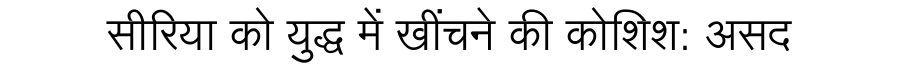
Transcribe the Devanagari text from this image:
सीरिया को युद्ध में खींचने की कोशिश: असद